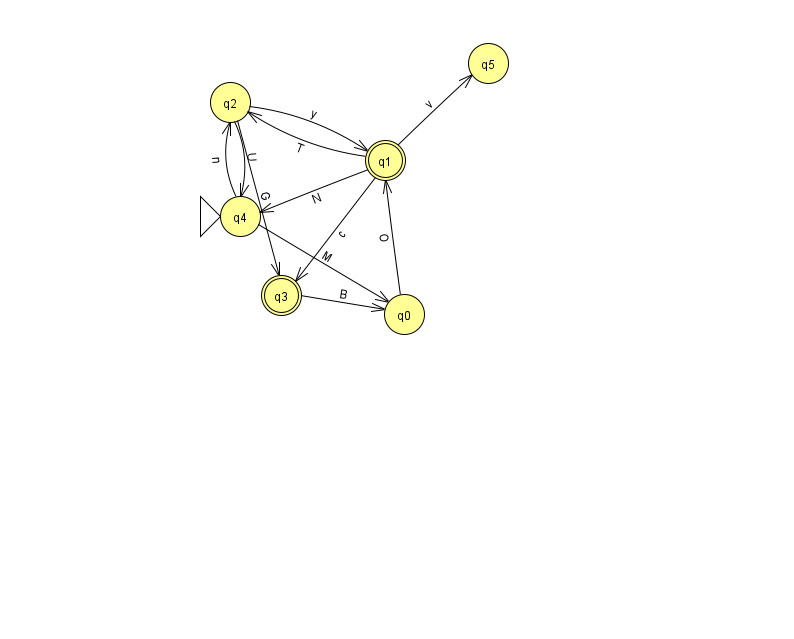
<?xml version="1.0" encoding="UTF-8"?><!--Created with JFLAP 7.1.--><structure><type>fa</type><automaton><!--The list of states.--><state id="0" name="q0"><x>404.0</x><y>301.0</y></state><state id="1" name="q1"><x>385.0</x><y>147.0</y><final/></state><state id="2" name="q2"><x>230.0</x><y>89.0</y></state><state id="3" name="q3"><x>281.0</x><y>282.0</y><final/></state><state id="4" name="q4"><x>240.0</x><y>203.0</y><initial/></state><state id="5" name="q5"><x>488.0</x><y>50.0</y></state><!--The list of transitions.--><transition><from>2</from><to>1</to><read>y</read></transition><transition><from>0</from><to>1</to><read>O</read></transition><transition><from>2</from><to>4</to><read>U</read></transition><transition><from>1</from><to>3</to><read>c</read></transition><transition><from>1</from><to>4</to><read>N</read></transition><transition><from>2</from><to>3</to><read>G</read></transition><transition><from>3</from><to>0</to><read>B</read></transition><transition><from>4</from><to>0</to><read>M</read></transition><transition><from>1</from><to>2</to><read>T</read></transition><transition><from>1</from><to>5</to><read>v</read></transition><transition><from>4</from><to>2</to><read>n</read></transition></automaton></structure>